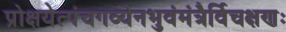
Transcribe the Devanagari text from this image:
प्रोक्षयेत्पंचगव्येनभुवंमंत्रैर्विचक्षणः